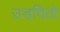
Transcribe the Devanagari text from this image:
उडवितो